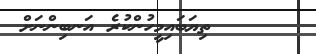
ތިޔަބައިމީހުންކުރެ އަނބިންނަށް